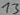
Text: 13